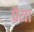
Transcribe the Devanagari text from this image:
प्रैया